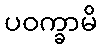
ပဝက္ခာမိ